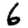
Digit: 6